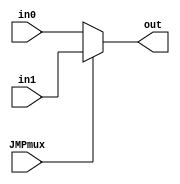
module Multiplexer2to1(
  input       [4:0]in0,in1,
  input       JMPmux,
  output reg  [4:0]out
  );
  
  always@(in0,in1,JMPmux)
  begin
    if(JMPmux)
      out=in1;
    else
      out=in0;
  end  
    

  endmodule